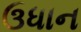
ઉધાન